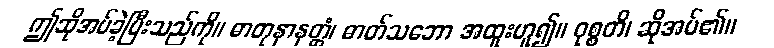
ဤဆိုအပ်ခဲ့ပြီးသည်ကို။ ဓာတုနာနတ္တံ၊ ဓာတ်သဘော အထူးဟူ၍။ ဝုစ္စတိ၊ ဆိုအပ်၏။